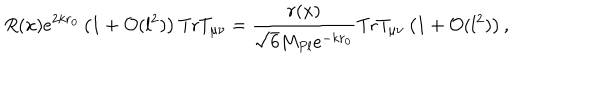
LaTeX: R ( x ) e ^ { 2 k r _ { 0 } } \left( 1 + { \cal O } ( l ^ { 2 } ) \right) \mathrm { T r } T _ { \mu \nu } = \frac { r ( x ) } { \sqrt { 6 } M _ { P l } e ^ { - k r _ { 0 } } } \mathrm { T r } T _ { \mu \nu } \left( 1 + { \cal O } ( l ^ { 2 } ) \right) ,